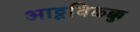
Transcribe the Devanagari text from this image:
आट्टविळक्कु